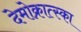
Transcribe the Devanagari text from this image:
देमोक्रात्स्का